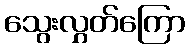
သွေးလွှတ်ကြော